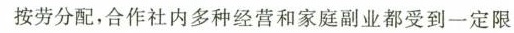
按劳分配，合作社内多种经营和家庭副业都受到一定限